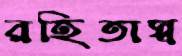
রহিতাস্ব